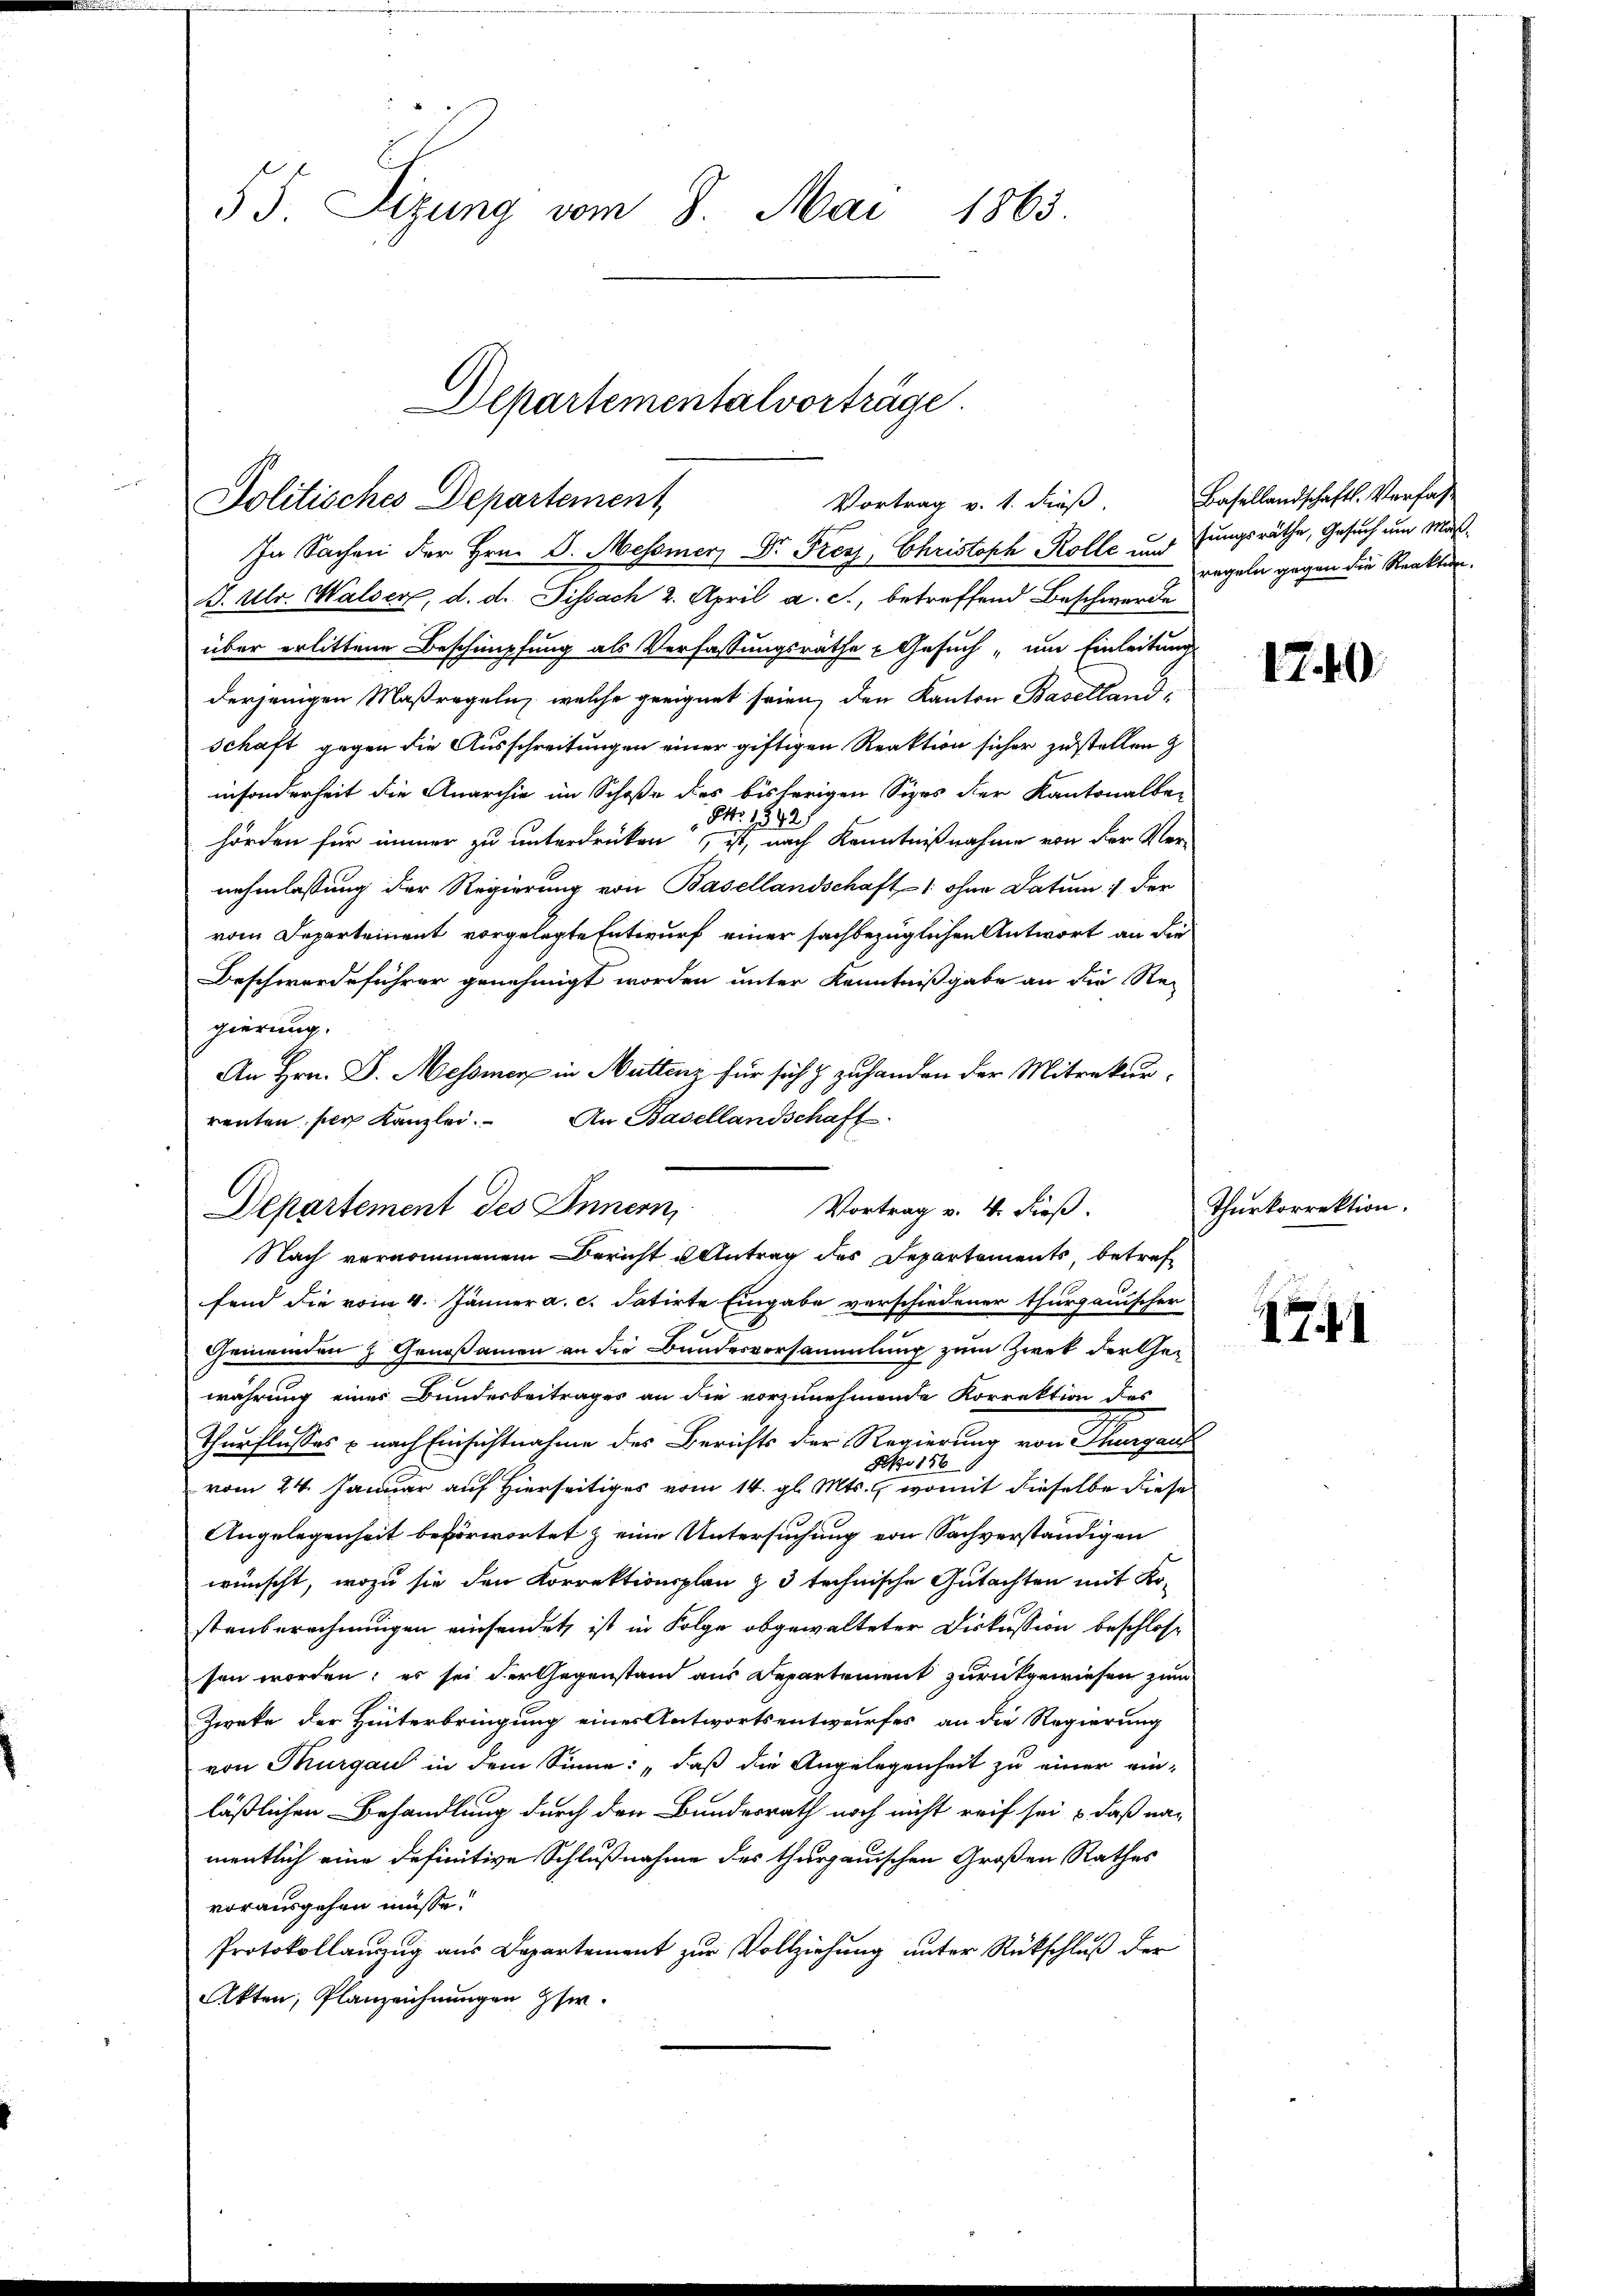
55. Sizung vom 8. Mai 1863.

Departementalvorträge.
Politisches Departement
Vortrag v. 1. dieß.
In Sachen der Hrn. G. Messner Dr. Frey, Christoph Kolle und fungsräthe, Gesuch um Maß¬

B. Ulr. Walser, d. d. Sissach 2. April a. c., betreffend Beschwerde
über erlittene Beschimpfung als Verfassungsrathe Gesuch, um Einleitung
derjenigen Maßregeln, welche geeignet seien, den Kanton Baselland-
schaft gegen die Ausschreitungen einer giftigen Reaktion sicher zustellen z
insonderheit die Anarchiv im Schoße des bisherigen Sizes der Kantonalbe-
841
427
hörden für immer zu unterdrüken, ist, nach Kenntnißnahme von der Ver-
nehmlassung der Regierung von Basellandschaft ohne Datum 1 der
vom Departement vorgelegte Entwurf einer sachbezüglichen Antwort an die
Beschwerdeführer genehmigt worden unter Kenntnißgabe an die Re-
gierung.
An Hrn. D. Messner in Muttenz für sich & zuhanden der Mitrekurrenten per Kanzlei. An Basellandschaft

Departement des Innern,
Vortrag v. 4. dieß.
Nach vernommenem Bericht u Antrag des Departements, betref¬

fend die vom 4. Jänner a. c. datirte Eingabe verschiedener thurgauischer
Gemeinden & Genoßamen an die Bundesversammlung zum Zwek der Gewährung eines Bundesbeitrages an die vorzunehmende Korrektion des
Therflusses & nach Einsichtnahme des Berichts der Regierung von Thurgau
Ao 186
vom 24. Januar auf Hierseits vom 14. gl. Mts., womit dieselbe diese
Angelegenheit beförwortet & eine Untersuchung von Sachverständigen
wünscht, wozu sie den Korrektionsplan z 3 technische Gutachten mit Ko-
stenberechnungen einsendet, ist in Folge abgewalteter Diskussion beschlose
sen worden; es sei der Gegenstand aus Departement zurückgewiesen zum
Zweke der Hinterbringung eines Antwortsentwurfes an die Regierung
von Thurgau in dem Sinne: „daß die Angelegenheit zu einer ein-
läßlichen Behandlung durch der Bundesrath noch nicht reif sei & daß na-
mentlich eine definitive Schlußnahme des thurgauischen Großen Rathes
vorausgehen müsse.
Protokollanzzug aus Departement zur Vollziehung unter Rückschluß der
Akten, Planzeichnungen Ehe.

Basellandschafts-Verfasregeln gegen die Reaktion.

1740

Thurkorrektion.

1741